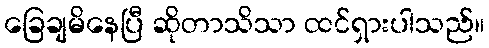
ခြေချမိနေပြီ ဆိုတာသိသာ ထင်ရှားပါသည်။